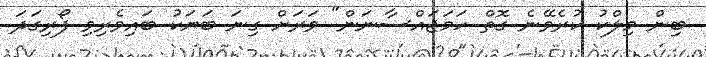
ބިން މިލްކު ކުރެވޭނެ ގޮތް ހަމަޖައްސާނަން" ވަރަށް ގިނަ ބަޔަކު ބައިވެރިވި ފޯރިގަދަ